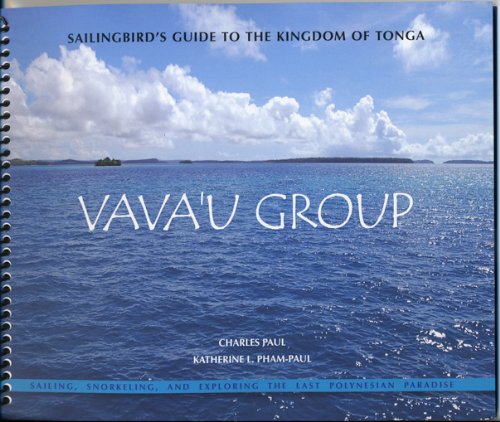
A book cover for Sailingbird's Guide to the Kingdom of Tonga -- Vava'u Group; Charles Paul; Travel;